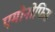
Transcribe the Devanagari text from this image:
एमोनोफिस